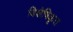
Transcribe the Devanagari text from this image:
विशेषिकृत